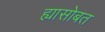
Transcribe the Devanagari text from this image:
ह्यासोबत